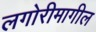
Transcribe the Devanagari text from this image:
लगोरीमागील